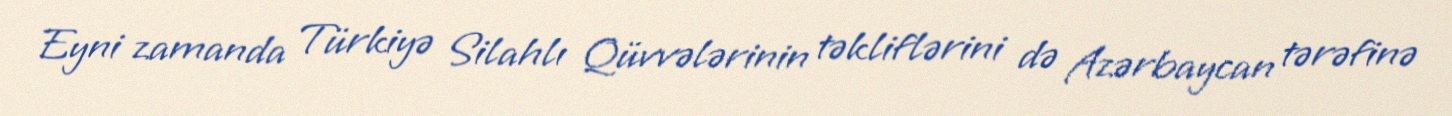
Eyni zamanda Türkiyə Silahlı Qüvvələrinin təkliflərini də Azərbaycan tərəfinə